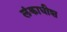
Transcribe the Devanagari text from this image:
लंकाधीश